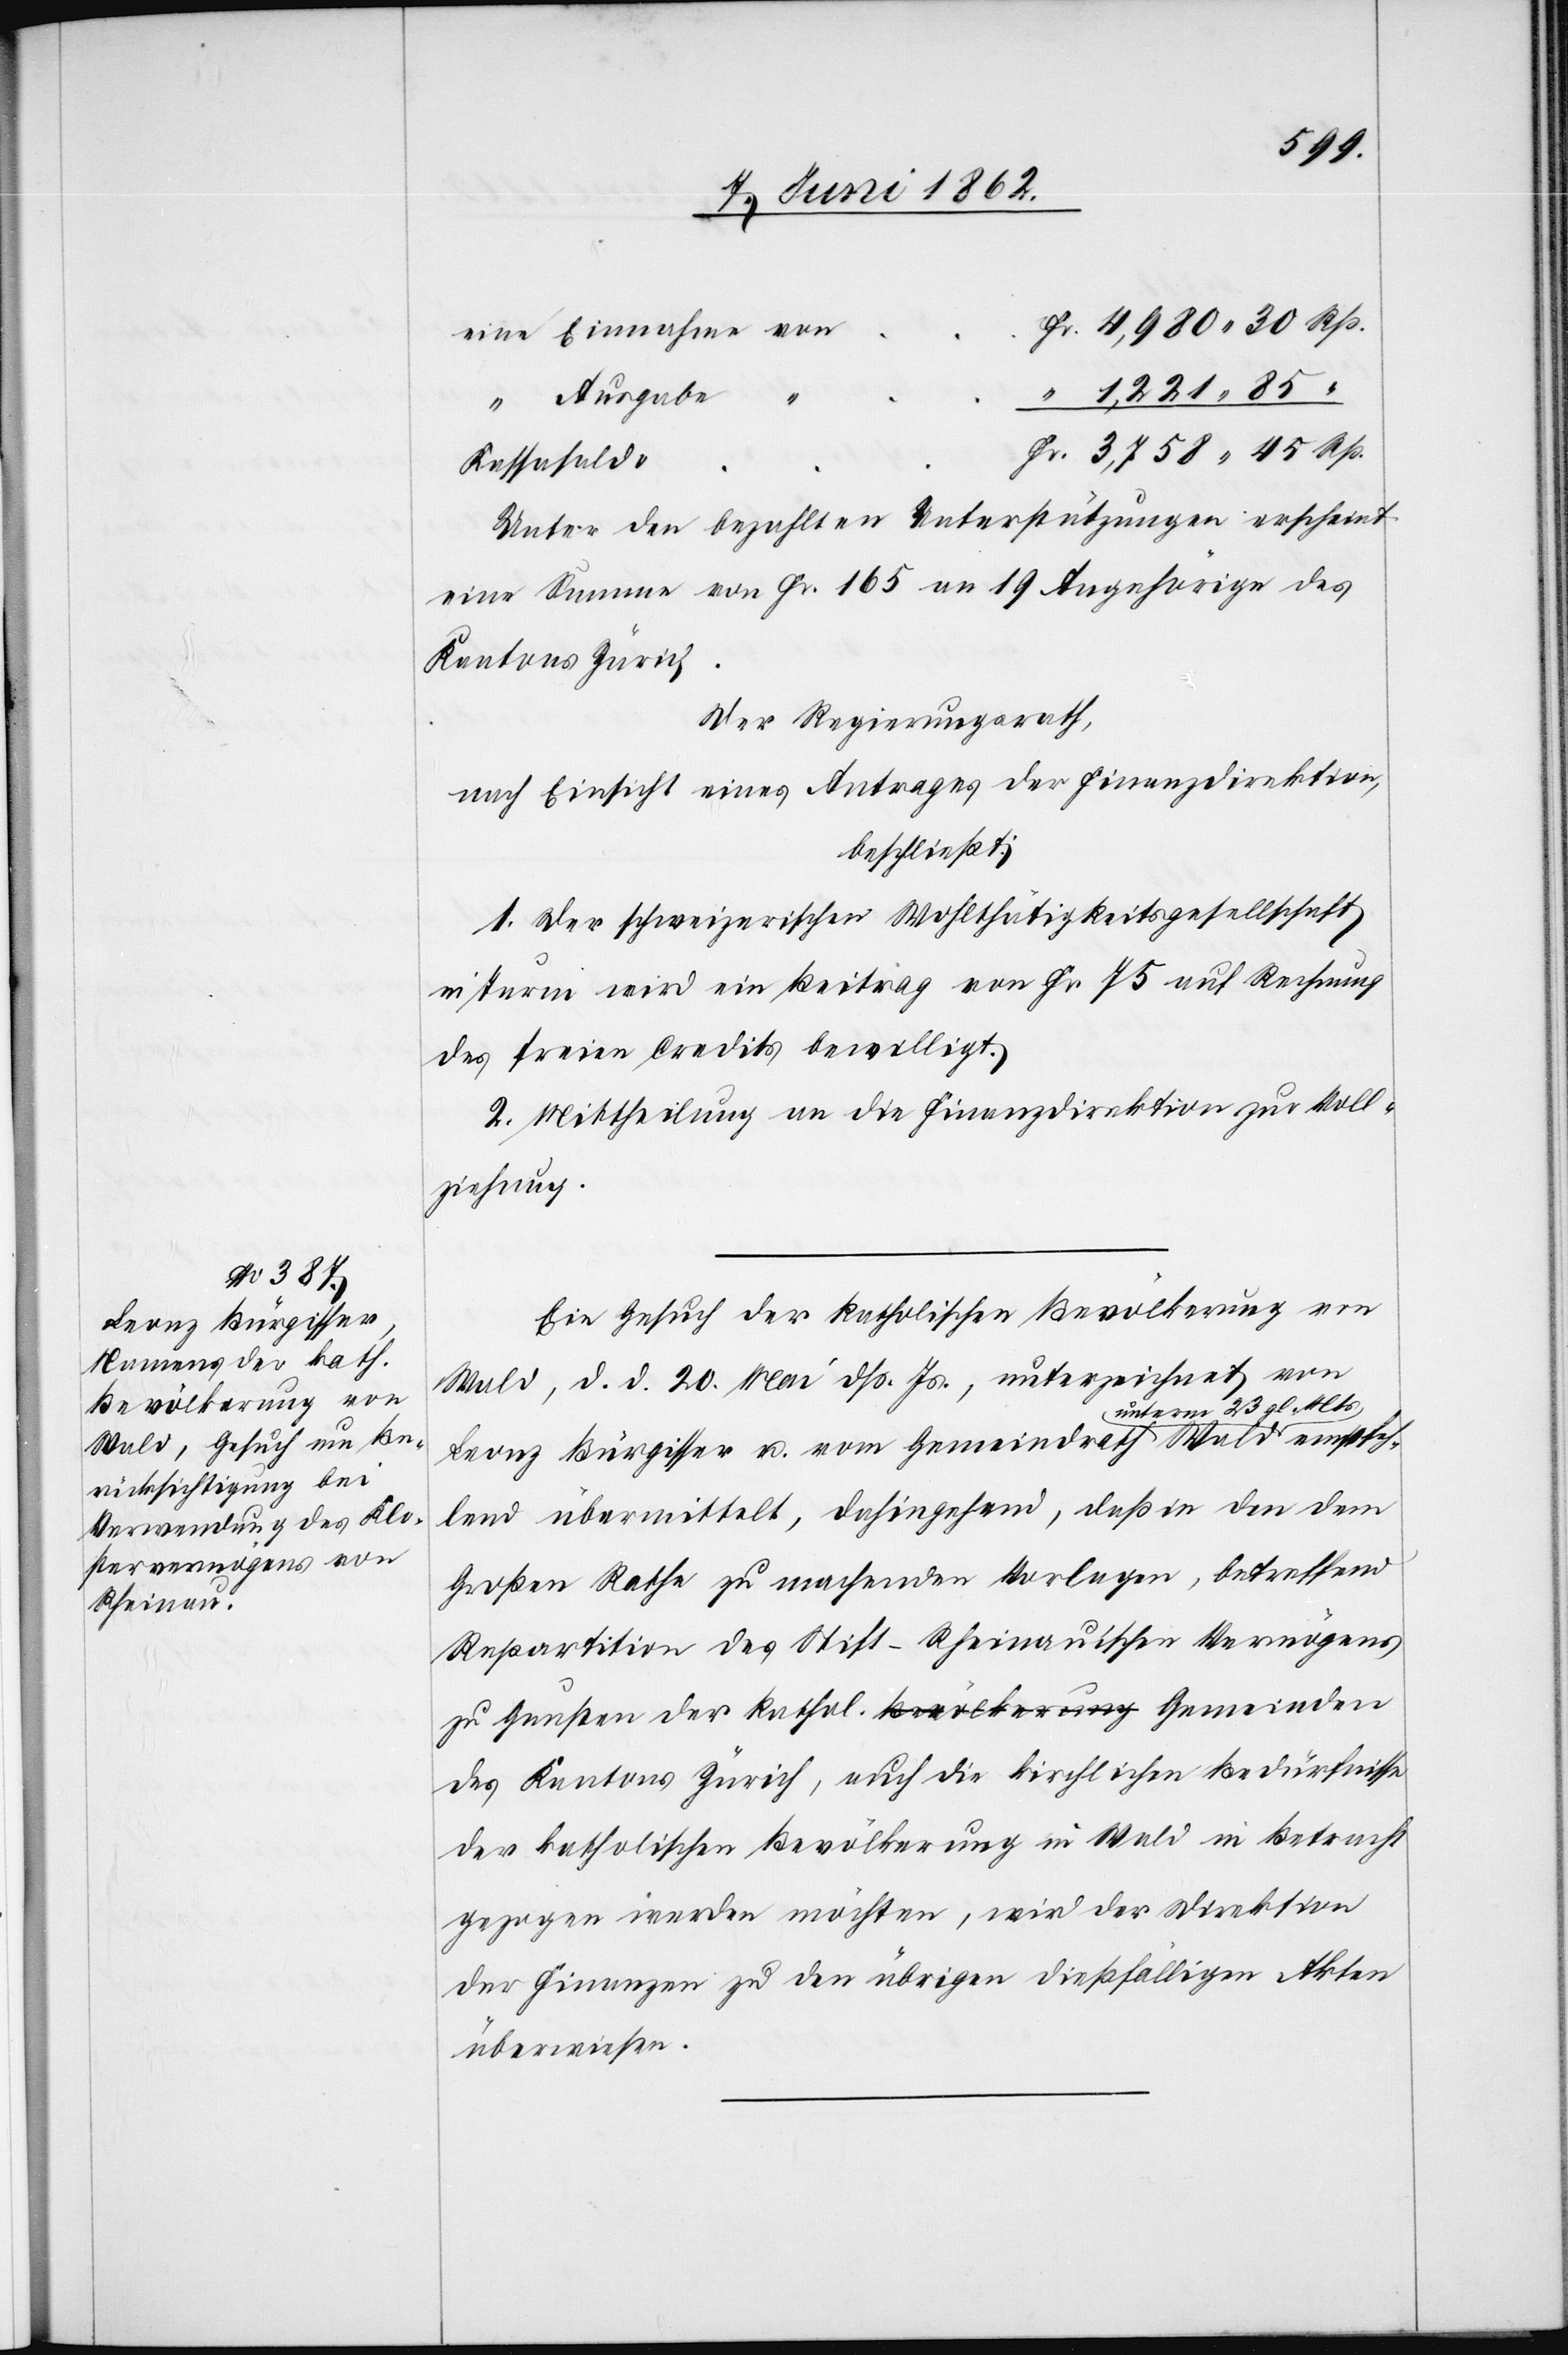
empfeh¬
Ausgabe
Kassasaldo
Unter den bezahlten Unterstützungen erscheint
eine Summe von Fr. 165 an 19 Angehörige des
Kantons Zürich.
Der Regierungsrath,
nach Einsicht eines Antrages der Finanzdirektion,
beschließt:
1. Der schweizerischen Wohlthätigkeitsgesellschaft
in Turin wird ein Beitrag von Fr. 75 auf Rechnung
des freien Credits bewilligt.
2. Mittheilung an die Finanzdirektion zur Voll¬
ziehung.
Ein Gesuch der katholischen Bevölkerung von
Wald, d. d. 20. Mai dß. Js., unterzeichnet von
m 23. gl. Mts.
Leonz Bürgisser u. vom Gemeindrath Wald unter¬
lend übermittelt, dahingehend, daß in den dem
Großen Rathe zu machenden Vorlagen, betreffend
Repartition des Stift-Rheinau’schen Vermögens
zu Gunsten der kathol. Gemeinden des Kantons
der katholischen Bevölkerung in Wald in Betracht
gezogen werden möchten, wird der Direktion
der Finanzen zu den übrigen dießfälligen Akten
überwiesen.